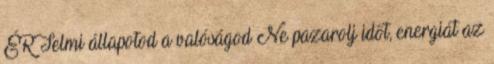
ÉRTelmi állapotod a valóságod Ne pazarolj időt, energiát az